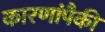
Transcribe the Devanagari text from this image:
कारणांपैकी